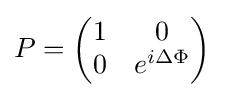
P={\begin{pmatrix}1&0\\0&e^{i\Delta \Phi }\end{pmatrix}}